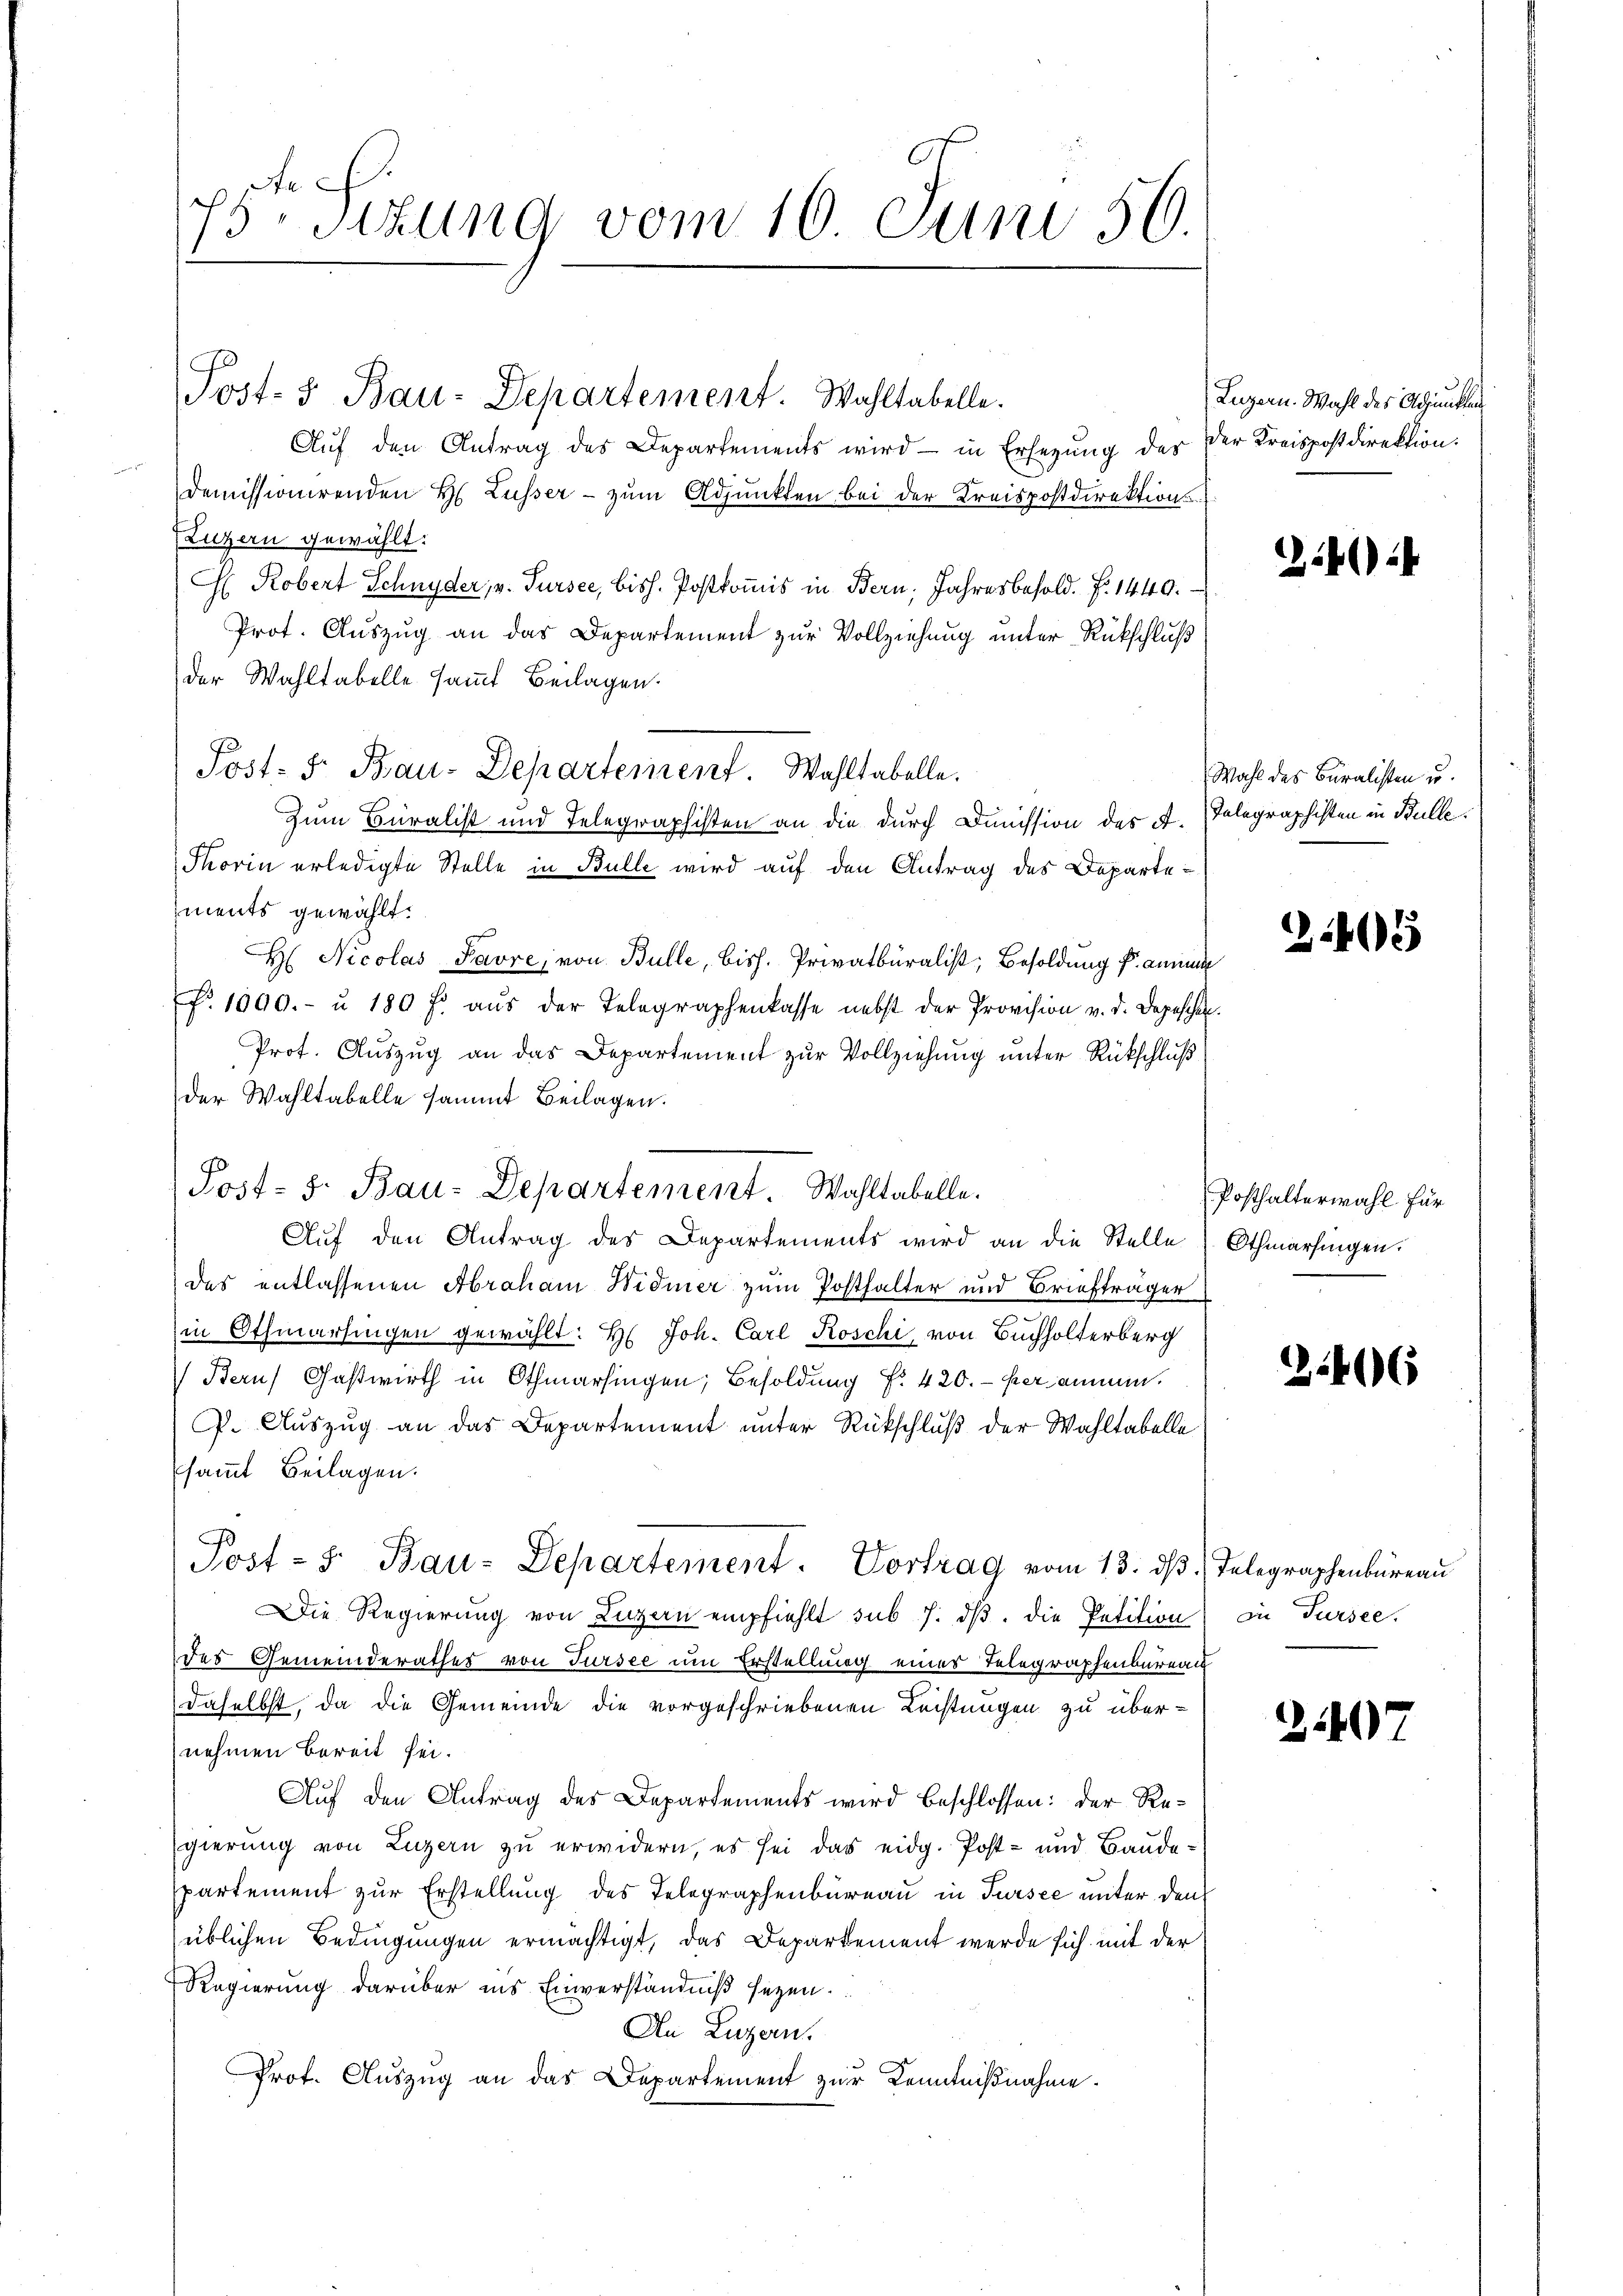
5te Sizung vom 16. Juni 50.

Post- & Bau-Departement. Wahltabelle.

Aŭf den Antrag des Departements wird in Ersezung des
demissionirenden H. Lusser - zum Adjunkten bei der Kreispostdirektions¬
(Luzern gewählt:
H. Robert Schnyder, v. Sursee, bish. Postkommis in Bern, Jahresbesold. . 1440.
Prot. Auszug an das Departement zur Vollziehung unter Rückschluß
der Wahltabelle sammt Beilagen.
Post. F. Bau-Departement. Wahltabelle.
Zum Buralist und Telegraphisten an die durch Dimission des A.
Thorin erledigte Stelle in Bulle wird auf den Antrag des Departements gewählt.
H: Nicolas Favre, von Bulle, bish. Privatburalist, Besoldung f. anne
fr. 1000.- u 180 f. aŭs der Telegraphenkasse nebst der Provision v. d. Depeschen.
Prof. Auszug an das Departement zur Vollziehung unter Rückschluß
der Wahltabelle sammt Beilagen.
Auf den Antrag des Departements wird an die Stelle) Othmarsingen.
des entlassenen Abraham Widmer zum Posthalter und Briefträger
in Othmartingen gewählt: H. Joh. Carl Roschi, von Buchholterberg
Bern Gastwirth in Othmarsingen; Besoldung f. 420. versammen.
P. Auszug an das Departement unter Rückschluß der Wahltabelle
sammt Beilagen.
Post- 5. Bau-Departement. Vortrag vom 13. dβ. Telegraphenbüreau
Die Regierung von Luzern empfiehlt sub 7. dβ. die Petition in Tursee.
des Gemeinderathes von Tursee um Erstellung eines Telegraphenbureau
daselbst, da die Gemeinde die vorgeschriebenen Leistungen zu übernehmen bereit sei.
Auf den Antrag des Departements wird beschlossen: der Regierung von Luzern zu erwidern, es sei das eidg. Post- und Baude-
partement zur Erstellung des Telegraphenbureau in Sursee unter den
üblichen Bedingungen ermächtigt, das Departement werde sich mit der
Regierung darüber ins Einverständniβ seyen.
An Luzern.
Prot. Auszug an das Departement zur Kenntnißnahme.

Post- 5. Bau-Departement. Wahltabelle.

Luzern. Wahl des Adjunkten
der Kreispostdirektion:

244

Wahl des Buralisten u.
Telegraphisten in Bulle.

245

Posthalterwahl für

246

1407